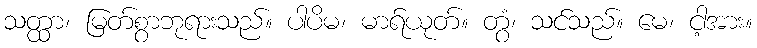
သတ္ထာ၊ မြတ်စွာဘုရားသည်။ ပါပိမ၊ မာရ်ယုတ်။ တွံ၊ သင်သည်။ မေ၊ ငါ့အား။